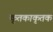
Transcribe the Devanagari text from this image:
कृतकाकृतक